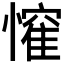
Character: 𭟃